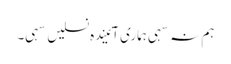
ہم نہ سہی ہماری آئیندہ نسلیں سہی۔